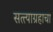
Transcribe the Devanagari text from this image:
सत्त्याग्रहाचा